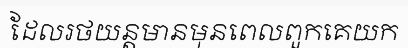
ដែលរថយន្តមានមុនពេលពួកគេយក